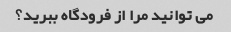
می توانید مرا از فرودگاه ببرید؟